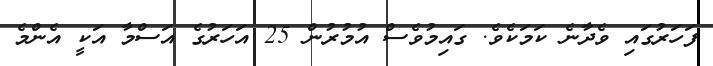
ފަހަރުގައި ވެދާނެ ކަމަކެވެ. ގައިމުވެސް އުމުރުން 25 އަހަރުގެ އަސްމާ އަކީ އެންމެ